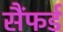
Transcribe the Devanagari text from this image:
सैंफर्ड